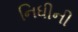
નિધીની